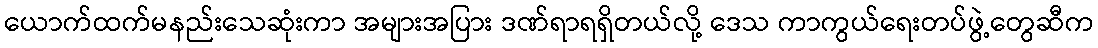
ယောက်ထက်မနည်းသေဆုံးကာ အများအပြား ဒဏ်ရာရရှိတယ်လို့ ဒေသ ကာကွယ်ရေးတပ်ဖွဲ့တွေဆီက